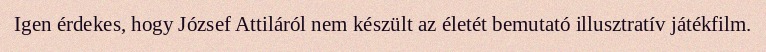
Igen érdekes, hogy József Attiláról nem készült az életét bemutató illusztratív játékfilm.